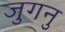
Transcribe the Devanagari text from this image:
जुगनु